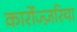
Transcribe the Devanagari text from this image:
कार्रोज्ज़रिया